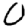
Digit: 0